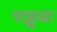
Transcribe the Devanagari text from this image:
पञ्चधा